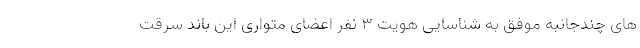
های چندجانبه موفق به شناسایی هویت ۳ نفر اعضای متواری این باند سرقت